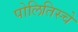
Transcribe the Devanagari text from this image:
पोलितिस्चे